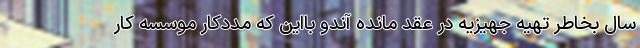
سال بخاطر تهیه جهیزیه در عقد مانده آندو بااین که مددکار موسسه کار